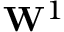
\mathbf { W } ^ { 1 }